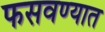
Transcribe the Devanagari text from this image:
फसवण्यात